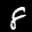
Label: 8